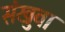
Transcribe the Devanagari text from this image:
संखुवा